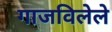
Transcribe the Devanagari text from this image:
गाजविलेले